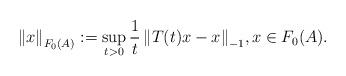
LaTeX: \begin{align*}\left\|x\right\|_{F_0(A)}:=\sup_{t>0}{\frac{1}{t}\left\|T(t)x-x\right\|_{-1}},x\in F_0(A).\end{align*}